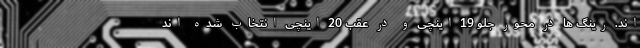
اند. رینگ ها در محور جلو 19 اینچی و در عقب 20 اینچی انتخاب شده اند